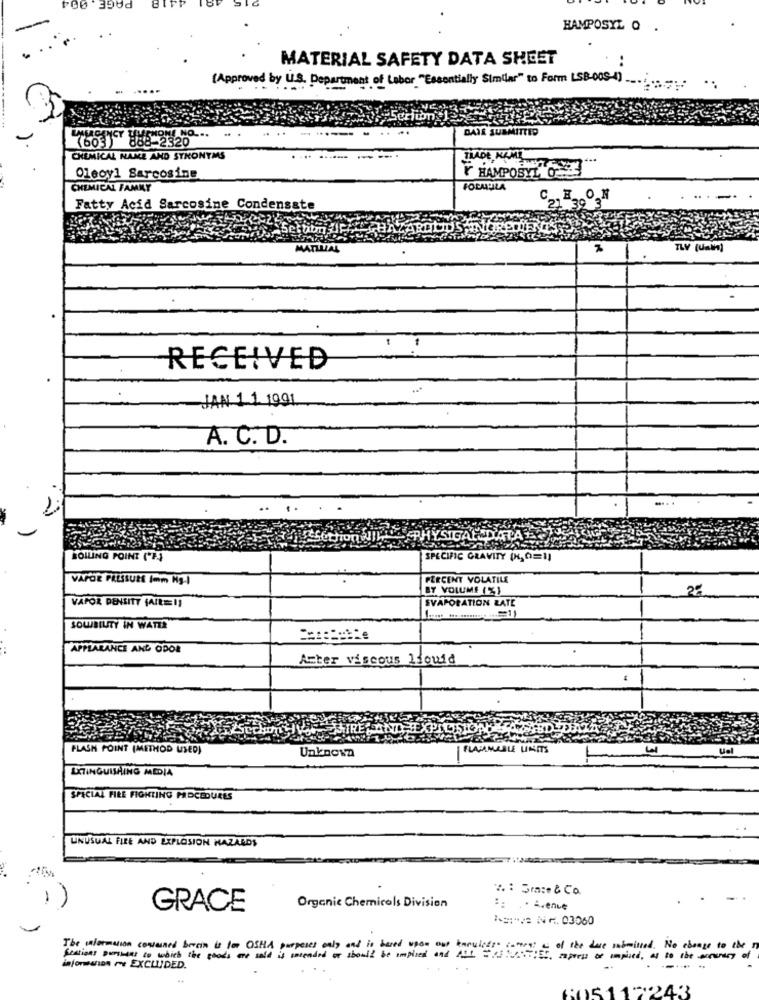
HAMPOSYL O .
MATERIAL SAFETY DATA SHEET
(Approved by ULS. Department of Labor "Essentially Similar" to Form LSBOOS-4) ;
603)
88-2320
DAIR SUBMITTED
CHEMICAL NAME AND SYNONYMS
TRADE NAME
Y HAMPOSYL, O-
Oleoy1 Sarcosine
CHEMICAL FAMKY
FORMULA
Fatty Acid Sarcosine Condensate
MATZLIAL
TLY (Uai]
RECEIVED
JAN 1 1 1991
A. C. D.
YSI
BOILING POINT ("F
SPECIFIC GRAVITY (K, O=1)
VAPOR PRESSURE (mm Ng.I
PERCENT VOLATILE
BY VOLUME (%)
2ª
VAPOR DENSITY FAIREE 11
EVAPORATION LATE
SOUBIUTY IN WATER
APPEARANCE AND ODOR
Aster viscous liquid
FLASH POINT (METHOD USED)
Unknown
FLAMMABLE UNITS
Uel
EXTINGUISHING MEDIA
SPECIAL FIRE FIGHTING PROCEDURES
UNUSUAL FIRE AND EXPLOSION HAZARDS
7. : Grace & Co.
GRACE
Organic Chemicals Division
****** Nr. 03060
The veformation contained besin is for OSHA purposes only and is based upon and anulado cortes; - of the dase infmissed. No change to the
Sections pursuees to which the goods we sold is intended or should be implied and al ott,
informaIon ~ EXCLUDED.
..
605117243